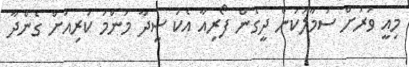
މިއީ ވަރަށް ސަމާލުކަން ދީގެން ފޯރިއާ އެކު ސީދާ މަންމަ ކުރިއަށް ގެންދާ